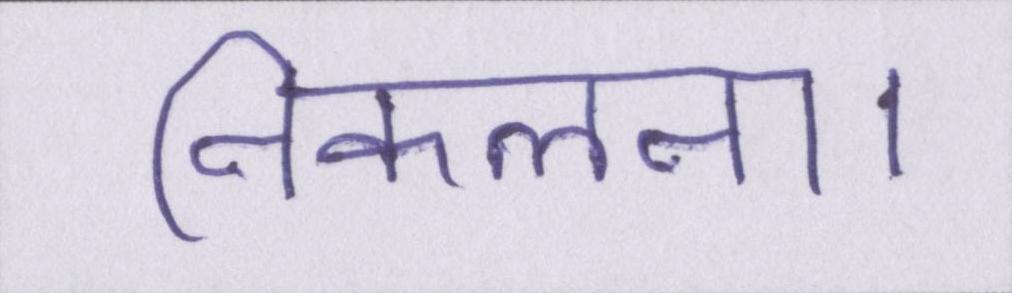
निकलना।